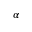
\alpha